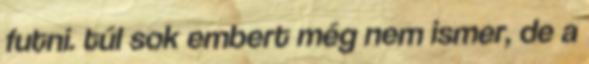
futni. túl sok embert még nem ismer, de a